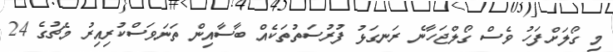
މި ގޯލަށްފަހު ވެސް ގޯލްޖަހާނެ ރަނގަޅު ފުރުސަތުތަކެއް ބާސާއިން ތަނަވަސްކުރިއިރު މެޗުގެ 24